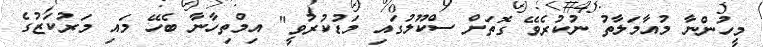
މީހުންނާ މުއާމަލާތު ނުކުރެވޭ ގޮތަށް ސްކޫލުގައި މަޑުކުރުވީ" އިމްތިހާނާ ބެހޭ މައި މަރުކަޒުގެ